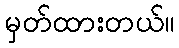
မှတ်ထားတယ်။